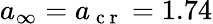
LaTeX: {a}_{\infty}={a}_{\mathrm{~c~r~}}=1.74